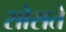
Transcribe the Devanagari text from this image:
सोसते